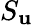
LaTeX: S_{\mathbf{u}}